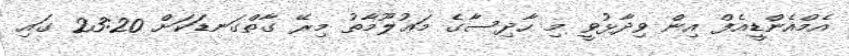
އެމްއެންޑީއެފް އިން ވިދާޅުވީ މި ހާދިސާގެ މަޢުލޫމާތު މިރޭ ގާތްގަނޑަކަށް 23:20 ގައި